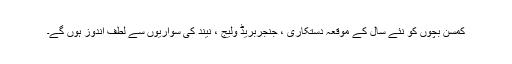
کمسن بچوں کو نئے سال کے موقعہ دستکاری ، جنجربریڈ ولیج ، نیند کی سواریوں سے لطف اندوز ہوں گے۔